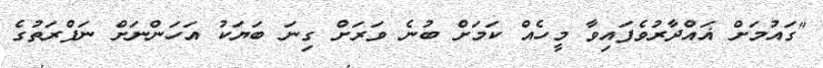
"ގައުމަށް ޣައްދާރުވެފައިވާ މީހެެއް ކަމަށް ބުނެ ވަރަށް ގިނަ ބަޔަކު އަހަންނަށް ނަފްރަތުގެ